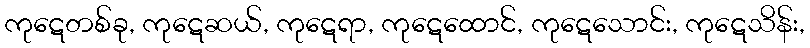
ကုဋေတစ်ခု, ကုဋေဆယ်, ကုဋေရာ, ကုဋေထောင်, ကုဋေသောင်း, ကုဋေသိန်း,